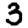
Digit: 3